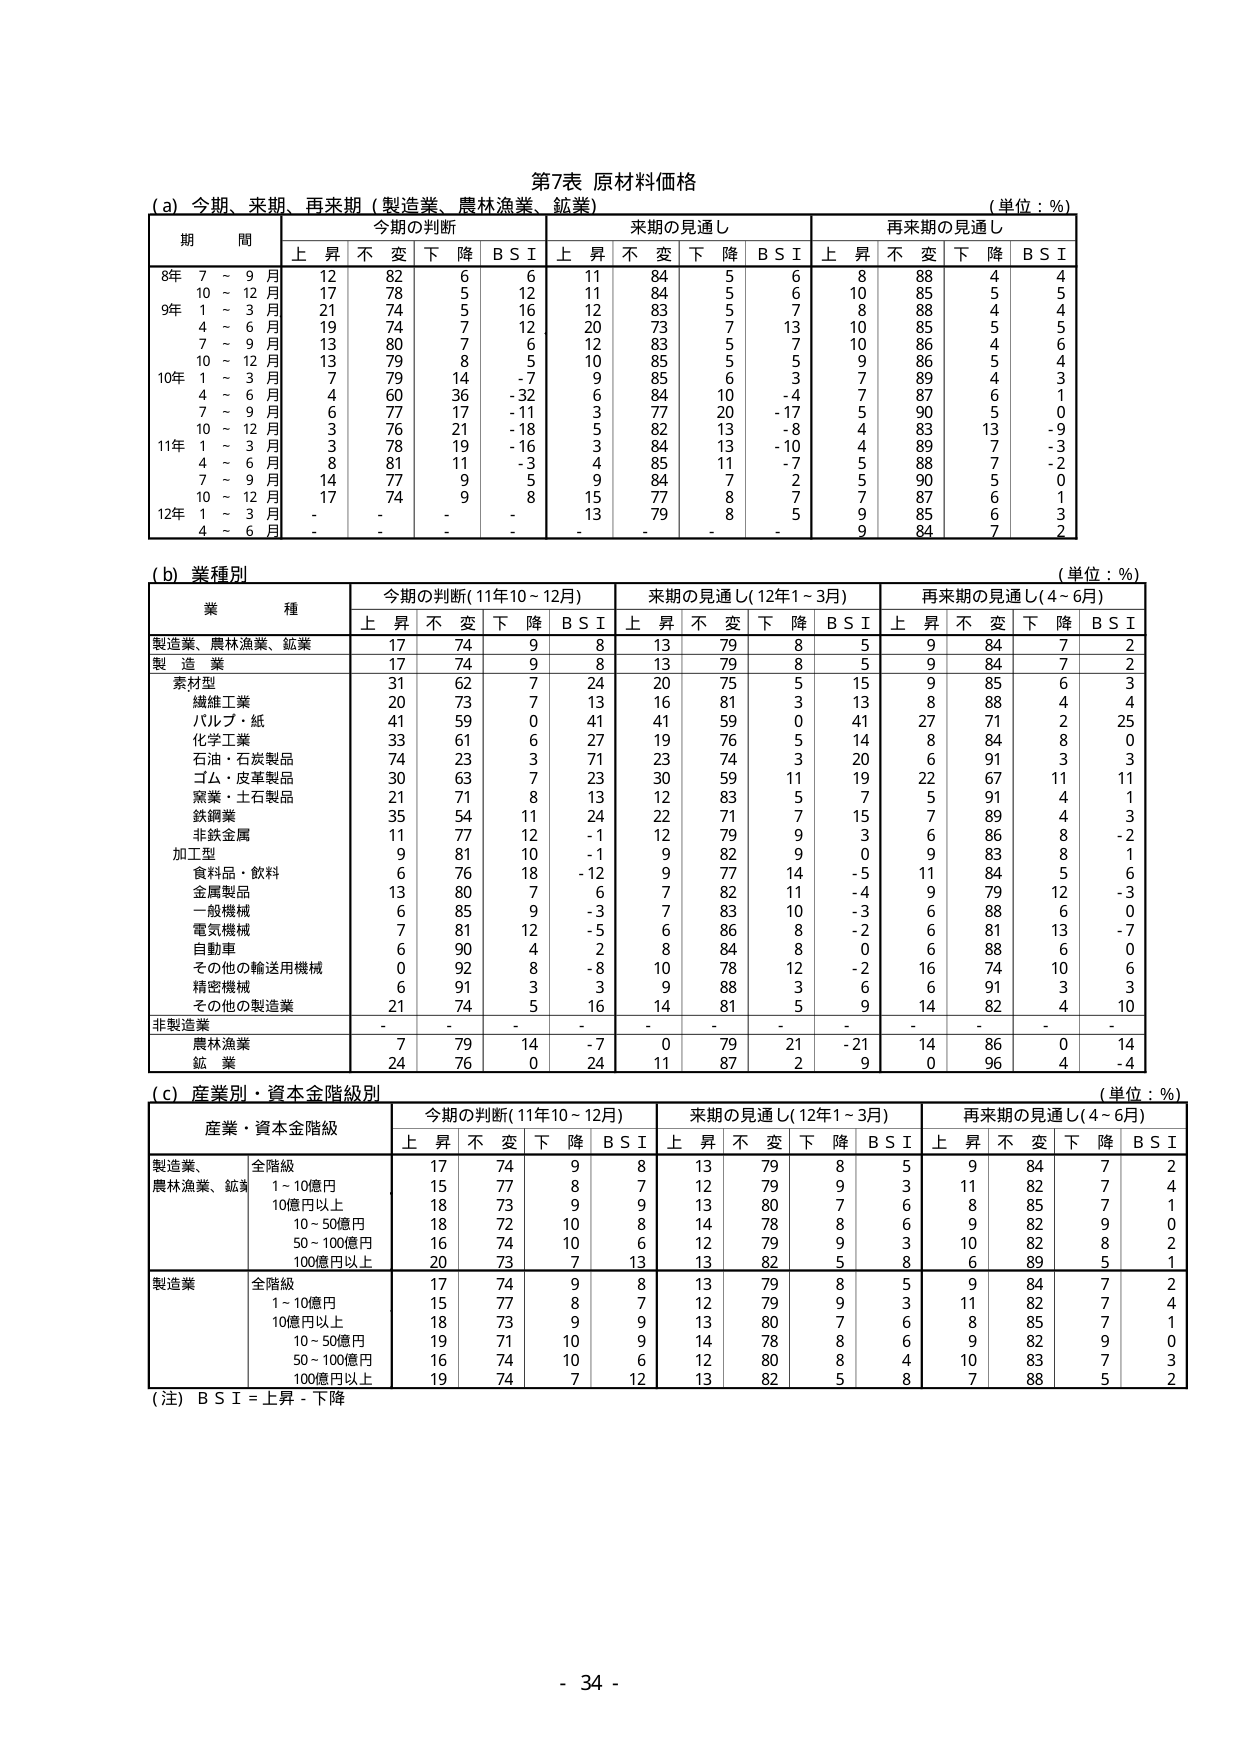
第7表 原材料価格
(a) 今期、来期、再来期（製造業、農林漁業、鉱業）
（単位：％）
期 間 今期の判断 来期の見通し 再来期の見通し
上 昇 不 変 下 降 B S I 上 昇 不 変 下 降 B S I 上 昇 不 変 下 降 B S I
8年 7 ～ 9 月 12 82 6 6 11 84 5 6 8 88 4 4
10 ～ 12 月 17 78 5 12 11 84 5 6 10 85 5 5
9年 1 ～ 3 月 21 74 5 16 12 83 5 7 8 88 4 4
4 ～ 6 月 19 74 7 12 20 73 7 13 10 85 5 5
7 ～ 9 月 13 80 7 6 12 83 5 7 10 86 4 6
10 ～ 12 月 13 79 8 5 10 85 5 5 9 86 5 4
10年 1 ～ 3 月 7 79 14 -7 9 85 6 3 7 89 4 3
4 ～ 6 月 4 60 36 -32 6 84 10 -4 7 87 6 1
7 ～ 9 月 6 77 17 -11 3 77 20 -17 5 90 5 0
10 ～ 12 月 3 76 21 -18 5 82 13 -8 4 83 13 -9
11年 1 ～ 3 月 3 78 19 -16 3 84 13 -10 4 89 7 -3
4 ～ 6 月 8 81 11 -3 4 85 11 -7 5 88 7 -2
7 ～ 9 月 14 77 9 5 9 84 7 2 5 90 5 0
10 ～ 12 月 17 74 9 8 15 77 8 7 7 87 6 1
12年 1 ～ 3 月 - - - - 13 79 8 5 9 85 6 2
4 ～ 6 月 - - - - - - - - 9 84 7 2

(b) 業種別
（単位：％）
業 種 今期の判断(11年10～12月) 来期の見通し(12年1～3月) 再来期の見通し(4～6月)
上 昇 不 変 下 降 B S I 上 昇 不 変 下 降 B S I 上 昇 不 変 下 降 B S I
製造業、農林漁業、鉱業 17 74 9 8 13 79 8 5 9 84 7 2
製 造 業 17 74 9 8 13 79 8 5 9 84 7 2
素材型 31 62 7 24 20 75 5 15 9 85 6 3
繊維工業 20 73 7 13 16 81 3 13 8 88 4 4
パルプ・紙 41 59 0 41 41 59 0 41 27 71 2 25
化学工業 33 61 6 27 19 76 5 14 8 84 8 0
石油・石炭製品 74 23 3 71 23 74 3 20 6 91 3 3
ゴム・皮革製品 30 63 7 23 30 59 11 19 22 67 11 11
窯業・土石製品 21 71 8 13 12 83 5 7 5 91 4 1
鉄鋼業 35 54 11 24 22 71 7 15 7 89 4 3
非鉄金属 11 77 12 -1 12 79 9 3 6 86 8 -2
加工型 9 81 10 -1 9 82 9 0 9 83 8 1
食料品・飲料 6 76 18 -12 9 77 14 -5 11 84 5 6
金属製品 13 80 7 6 7 82 11 -4 9 79 12 -3
一般機械 6 85 9 -3 7 83 10 -3 6 88 6 0
電気機械 7 81 12 -5 6 86 8 -2 6 81 13 -7
自動車 6 90 4 2 8 84 8 0 6 88 6 0
その他の輸送用機械 0 92 8 -8 10 78 12 -2 16 74 10 6
精密機械 6 91 3 3 9 88 3 6 6 91 3 3
その他の製造業 21 74 5 16 14 81 5 9 14 82 4 10
非製造業 - - - - - - - - - - - -
農林漁業 7 79 14 -7 0 79 21 -21 14 86 0 14
鉱 業 24 76 0 24 11 87 2 9 0 96 4 -4

(c) 産業別・資本金階級別
（単位：％）
産業・資本金階級 今期の判断(11年10～12月) 来期の見通し(12年1～3月) 再来期の見通し(4～6月)
上 昇 不 変 下 降 B S I 上 昇 不 変 下 降 B S I 上 昇 不 変 下 降 B S I
製造業、農林漁業、鉱業 全階級 17 74 9 8 13 79 8 5 9 84 7 2
1～10億円 15 77 8 7 12 79 9 3 11 82 7 4
10億円以上 18 73 9 9 13 80 7 6 8 85 7 1
10～50億円 18 72 10 8 14 78 8 6 9 82 9 0
50～100億円 16 74 10 6 12 79 9 3 10 82 8 2
100億円以上 20 73 7 13 13 82 5 8 6 89 5 1
製造業 全階級 17 74 9 8 13 79 8 5 9 84 7 2
1～10億円 15 77 8 7 12 79 9 3 11 82 7 4
10億円以上 18 73 9 9 13 80 7 6 8 85 7 1
10～50億円 19 71 10 9 14 78 8 6 9 82 9 0
50～100億円 16 74 10 6 12 80 8 4 10 83 7 3
100億円以上 19 74 7 12 13 82 5 8 7 88 5 2

（注）B S I = 上昇 - 下降
- 34 -